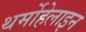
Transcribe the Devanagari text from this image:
थर्मोहेलाइन